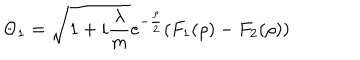
\Theta _ { 1 } = \sqrt { 1 + i \frac \lambda m } e ^ { - \frac \rho 2 } ( F _ { 1 } ( \rho ) - F _ { 2 } ( \rho ) )